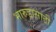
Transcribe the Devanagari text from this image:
भारुडासाठी